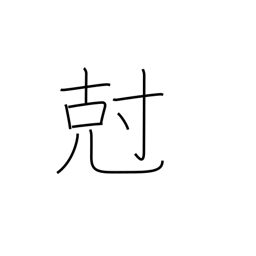
Meaning: subdue